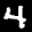
Label: 4